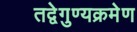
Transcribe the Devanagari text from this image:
तद्वेगुण्यक्रमेण